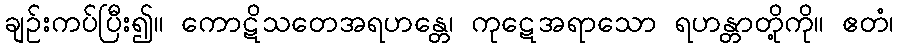
ချဉ်းကပ်ပြီး၍။ ကောဋိသတေအရဟန္တေ၊ ကုဋေအရာသော ရဟန္တာတို့ကို။ ဧတံ၊